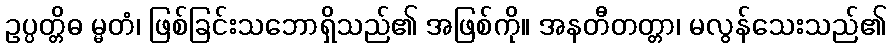
ဥပ္ပတ္တိဓ မ္မတံ၊ ဖြစ်ခြင်းသဘောရှိသည်၏ အဖြစ်ကို။ အနတီတတ္တာ၊ မလွန်သေးသည်၏